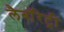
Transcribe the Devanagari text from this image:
लैबॉरेट्री